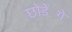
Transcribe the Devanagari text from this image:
छोडें़गे